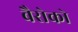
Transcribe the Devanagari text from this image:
बैरोको